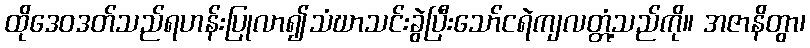
ထိုဒေဝဒတ်သည်ရဟန်းပြုလာ၍သံဃာသင်းခွဲပြီးသော်ငရဲကျလတ္တံ့သည်ကို။ အဇာနိတွာ၊